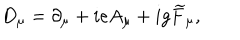
D _ { \mu } = \partial _ { \mu } + i e A _ { \mu } + i g \widetilde { F } _ { \mu } ,